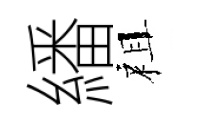
繙祖